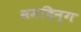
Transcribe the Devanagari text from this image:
समदिन्ग